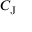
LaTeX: C _ { \mathrm { { J } } }